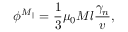
\phi ^ { M _ { \parallel } } = { \frac { 1 } { 3 } } \mu _ { 0 } M l \frac { \gamma _ { n } } { v } ,